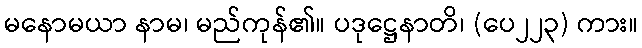
မနောမယာ နာမ၊ မည်ကုန်၏။ ပဒုဋ္ဌေနာတိ၊ (ပေ၂၂၃) ကား။